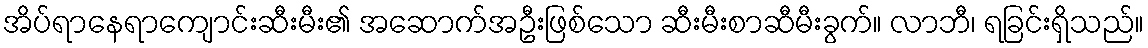
အိပ်ရာနေရာကျောင်းဆီးမီး၏ အဆောက်အဦးဖြစ်သော ဆီးမီးစာဆီမီးခွက်။ လာဘီ၊ ရခြင်းရှိသည်။